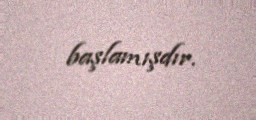
başlamışdır.